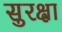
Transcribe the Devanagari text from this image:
सुरक्ष्रा